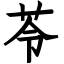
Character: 苓